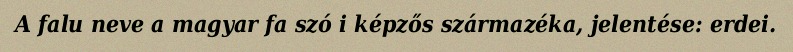
A falu neve a magyar fa szó i képzős származéka, jelentése: erdei.